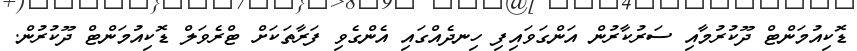
ޑޮކިއުމަންޓް ދޫކުރުމާއި ސަރުކާރުން އަންގަވައިފި ހިނދެއްގައި އެންގެވި ފަރާތަކަށް ޓްރެވަލް ޑޮކިއުމަންޓް ދޫކުރުން.